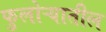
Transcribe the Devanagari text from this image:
फुलोऱ्यातील